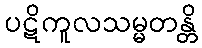
ပဋိကူလသမ္မတန္တိ